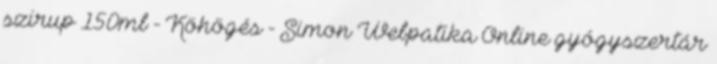
szirup 150ml - Köhögés - Simon Webpatika Online gyógyszertár